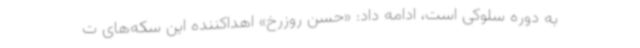
به دوره سلوکی است، ادامه داد: «حسن روزرخ» اهداکننده این سکه‌های ت